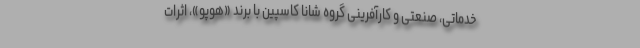
خدماتی، صنعتی و کارآفرینی گروه شانا کاسپین با برند «هوپو»، اثرات